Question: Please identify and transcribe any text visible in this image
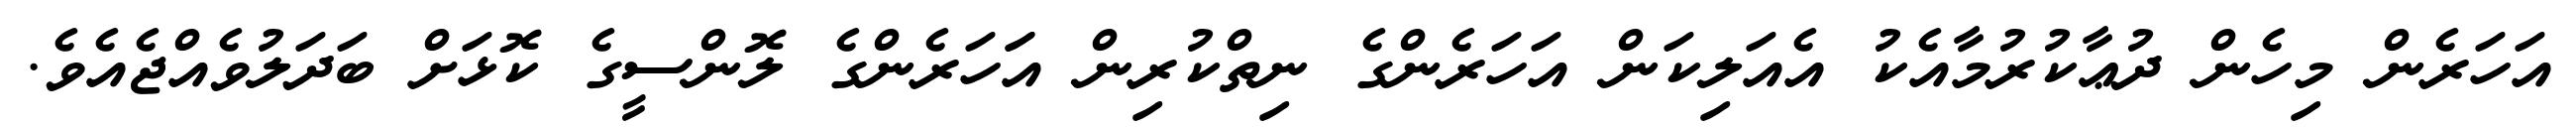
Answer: އަހަރެން މިހެން ދުޢާކުރުމާއެކު އެއަލިކަން އަހަރެންގެ ނިތްކުރިން އަަހަރެންގެ ލޮންސީގެ ކޮޅަށް ބަދަލުވެއްޖެއެވެ.